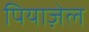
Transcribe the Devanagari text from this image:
पियाज़ेल